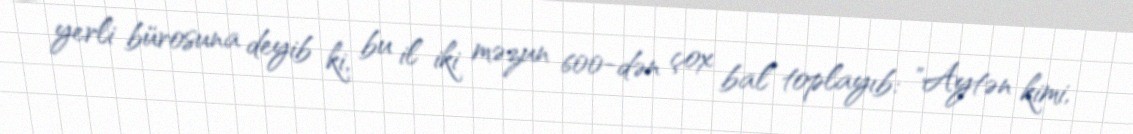
yerli bürosuna deyib ki, bu il iki məzun 600-dən çox bal toplayıb: "Aytən kimi,